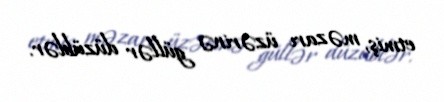
etmiş, məzarı üzərinə güllər düzüblər.